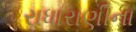
રાધારાણીના